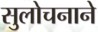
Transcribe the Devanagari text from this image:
सुलोचनाने